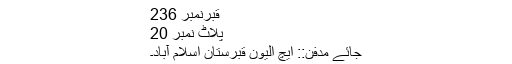
قبرنمبر 236
پلاٹ نمبر 20
جائے مدفن:: ایچ الیون قبرستان اسلام آباد۔